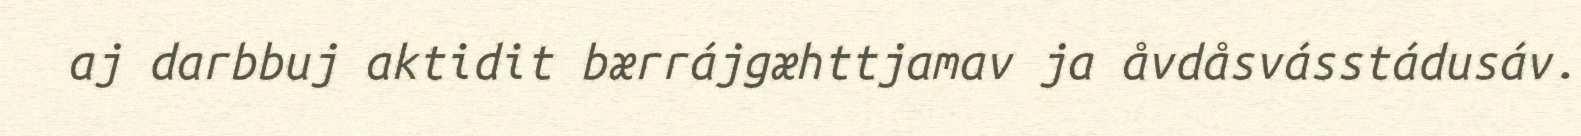
aj darbbuj aktidit bærrájgæhttjamav ja åvdåsvásstádusáv.